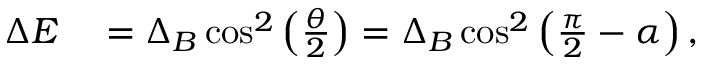
\begin{array} { r l } { \Delta E } & { { } = \Delta _ { B } \cos ^ { 2 } \left( \frac { \theta } { 2 } \right) = \Delta _ { B } \cos ^ { 2 } \left( \frac { \pi } { 2 } - \alpha \right) , } \end{array}